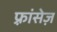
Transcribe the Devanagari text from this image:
फ़्रांसेज़